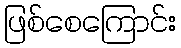
ဖြစ်စေကြောင်း